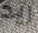
ريد